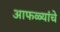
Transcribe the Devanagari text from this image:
आफळ्यांचे